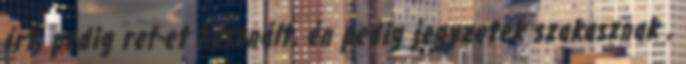
írt, pedig ref-et használt, én pedig jegyzetek szakasznak ,